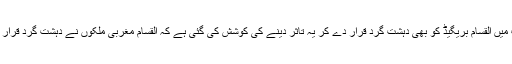
ٹی وی رپورٹ میں القسام بریگیڈ کو بھی دہشت گرد قرار دے کر یہ تاثر دینے کی کوشش کی گئی ہے کہ القسام مغربی ملکوں نے دہشت گرد قرار دے رکھی ہے۔